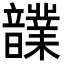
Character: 𩑄